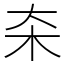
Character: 㚓